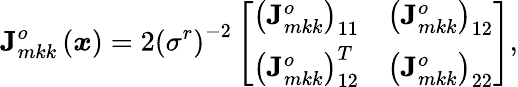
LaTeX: \mathbf{J}_{mkk}^{o}\left(\boldsymbol{x}\right)=2\left(\sigma^{r}\right)^{-2}\left[\begin{array}{cc}{\left(\mathbf{J}_{mkk}^{o}\right)_{11}}&{\left(\mathbf{J}_{mkk}^{o}\right)_{12}}\\ {\left(\mathbf{J}_{mkk}^{o}\right)_{12}^{T}}&{\left(\mathbf{J}_{mkk}^{o}\right)_{22}}\end{array}\right],